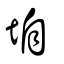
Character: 垍